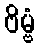
ဗိမ္ဗံ